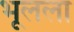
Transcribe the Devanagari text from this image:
भूलला